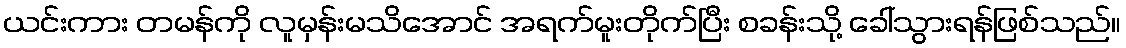
ယင်းကား တမန်ကို လူမှန်းမသိအောင် အရက်မူးတိုက်ပြီး စခန်းသို့ ခေါ်သွားရန်ဖြစ်သည်။